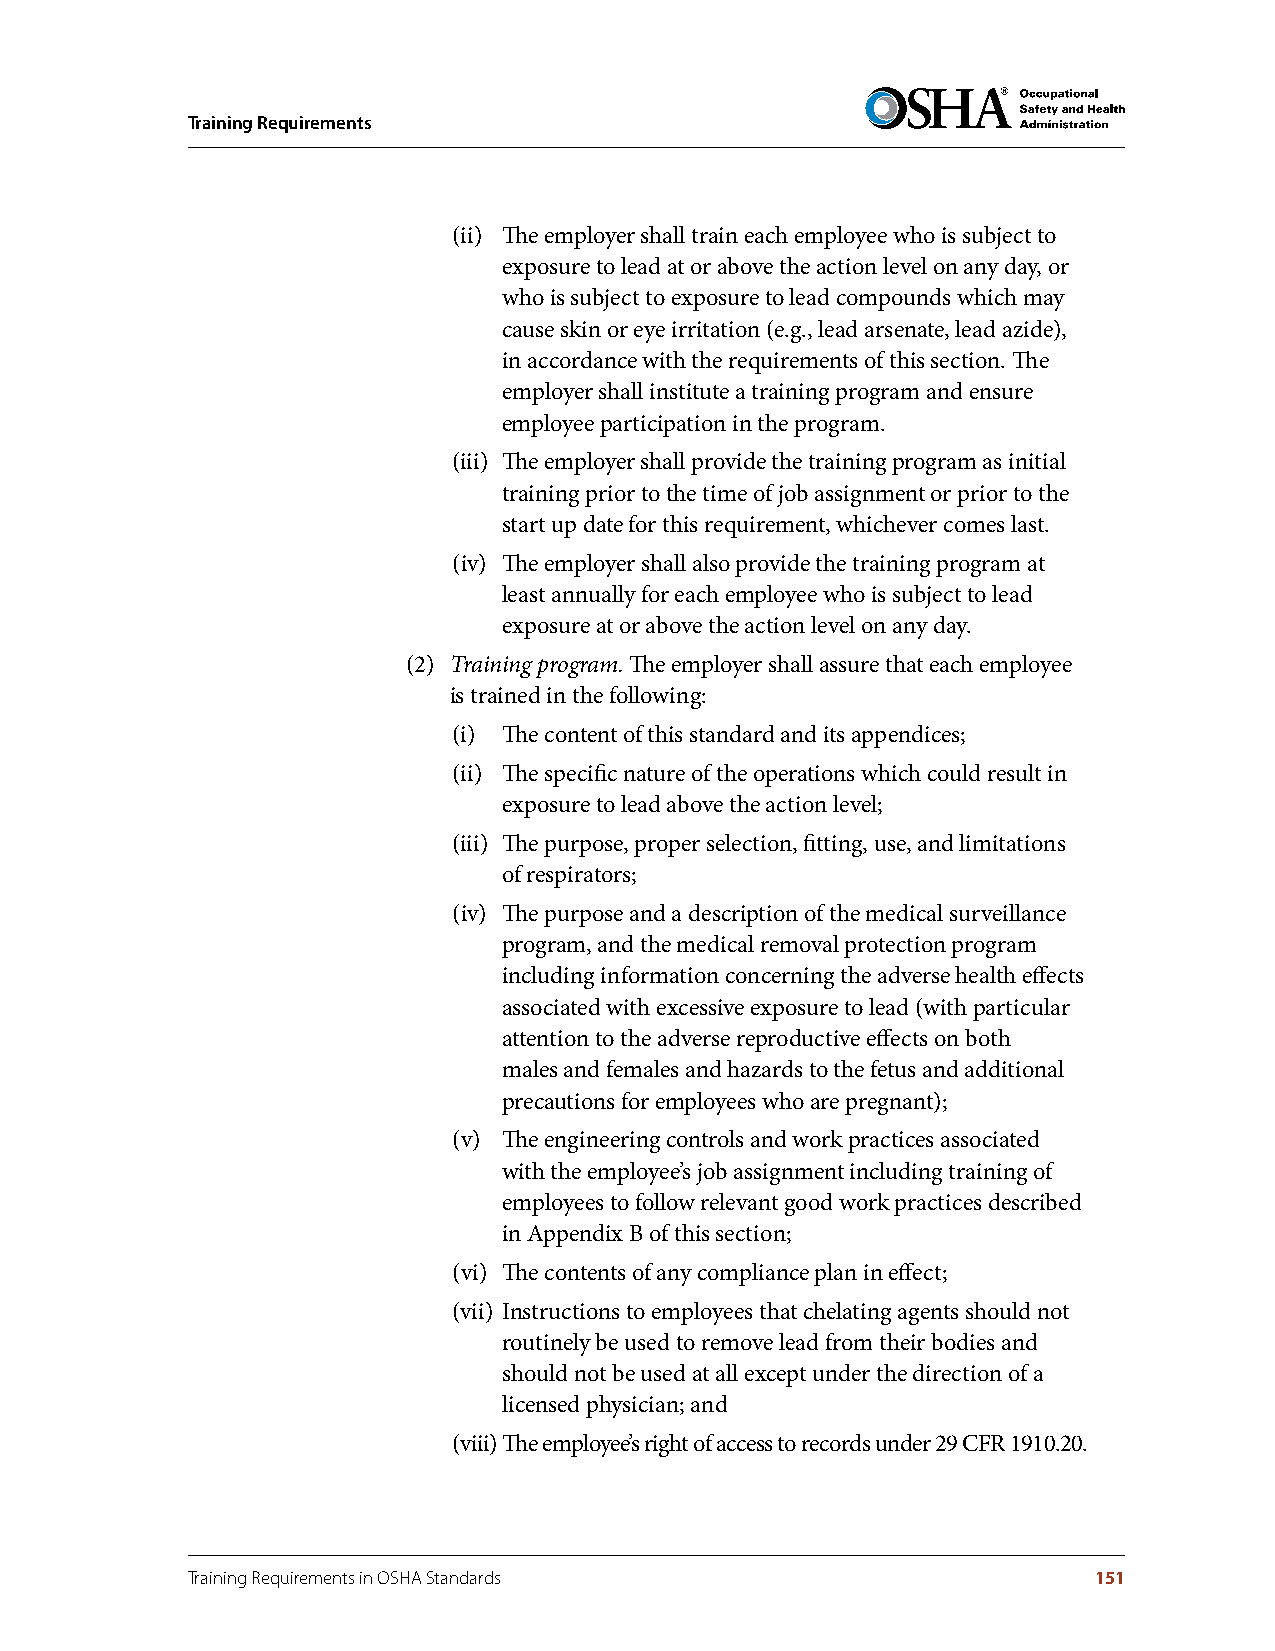
Training Requirements
 (ii) The employer shall train each employee who is subject to
 exposure to lead at or above the action level on any day, or
 who is subject to exposure to lead compounds which may
 cause skin or eye irritation (e.g., lead arsenate, lead azide),
 in accordance with the requirements of this section. The
 employer shall institute a training program and ensure
 employee participation in the program.
 (iii) The employer shall provide the training program as initial
 training prior to the time of job assignment or prior to the
 start up date for this requirement, whichever comes last.
 (iv) The employer shall also provide the training program at
 least annually for each employee who is subject to lead
 exposure at or above the action level on any day.
 (2) Training program. The employer shall assure that each employee
 is trained in the following:
 (i) The content of this standard and its appendices;
 (ii) The specific nature of the operations which could result in
 exposure to lead above the action level;
 (iii) The purpose, proper selection, fitting, use, and limitations
 of respirators;
 (iv) The purpose and a description of the medical surveillance
 program, and the medical removal protection program
 including information concerning the adverse health effects
 associated with excessive exposure to lead (with particular
 attention to the adverse reproductive effects on both
 males and females and hazards to the fetus and additional
 precautions for employees who are pregnant);
 (v) The engineering controls and work practices associated
 with the employee’s job assignment including training of
 employees to follow relevant good work practices described
 in Appendix B of this section;
 (vi) The contents of any compliance plan in effect;
 (vii) Instructions to employees that chelating agents should not
 routinely be used to remove lead from their bodies and
 should not be used at all except under the direction of a
 licensed physician; and
 (viii) The employee’s right of access to records under 29 CFR 1910.20.
 Training Requirements in OSHA Standards                     151